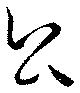
公